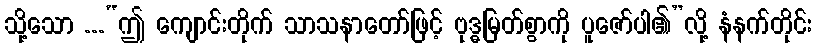
သို့သော ...“ဤ ကျောင်းတိုက် သာသနာတော်ဖြင့် ဗုဒ္ဓမြတ်စွာကို ပူဇော်ပါ၏”လို့ နံနက်တိုင်း